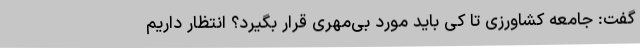
گفت: جامعه کشاورزی تا کی باید مورد بی‌مهری قرار بگیرد؟ انتظار داریم